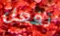
تفعل